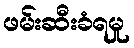
ဖမ်းဆီးခံရမှု